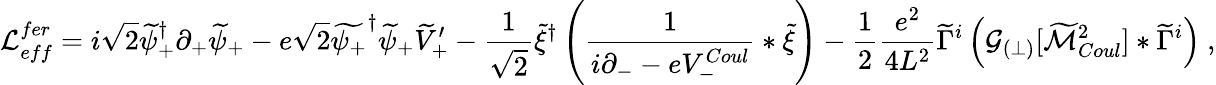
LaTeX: {\cal L}_{eff}^{fer}=i\sqrt{2}\widetilde\psi_{+}^{\dagger}\partial_{+}\widetilde\psi_{+}-e\sqrt{2}\widetilde{\psi_{+}}^{\dagger}\widetilde{\psi}_{+}\widetilde{V}_{+}^{\prime}-\frac{1}{\sqrt{2}}\widetilde\xi^{\dagger}\left(\frac{1}{i\partial_{-}-eV_{-}^{Coul}}\ast\widetilde\xi\right)-\frac 12\frac{e^{2}}{4L^{2}}\widetilde\Gamma^{i}\left({\cal G}_{(\perp)}[\widetilde{\cal M}_{Coul}^{2}]\ast\widetilde\Gamma^{i}\right)\ ,